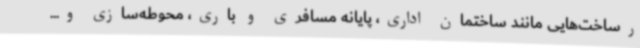
رساخت‌هایی مانند ساختمان اداری، پایانه مسافری و باری، محوطه‌سازی و...